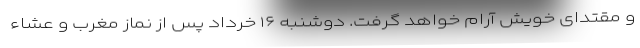
و مقتدای خویش آرام خواهد گرفت. دوشنبه ۱۶ خرداد پس از نماز مغرب و عشاء